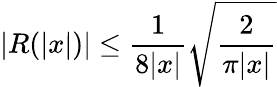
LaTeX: \lvert R(\lvert x\rvert)\rvert\le\frac{1}{8\lvert x\rvert}\sqrt{\frac{2}{\pi\lvert x\rvert}}